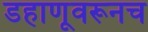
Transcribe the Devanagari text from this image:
डहाणूवरूनच